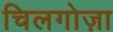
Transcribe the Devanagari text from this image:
चिलगोज़ा